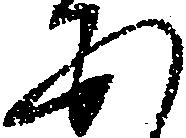
あ